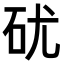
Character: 𥐶